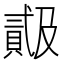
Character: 𬥠